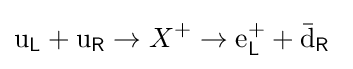
\mathrm {u} _{\mathsf {L}}+\mathrm {u} _{\mathsf {R}}\to X^{+}\to \mathrm {e} _{\mathsf {L}}^{+}+\mathrm {\bar {d}} _{\mathsf {R}}~